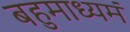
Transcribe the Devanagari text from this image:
बहुमाध्‍यमं